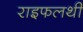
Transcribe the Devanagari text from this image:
राइफलथी